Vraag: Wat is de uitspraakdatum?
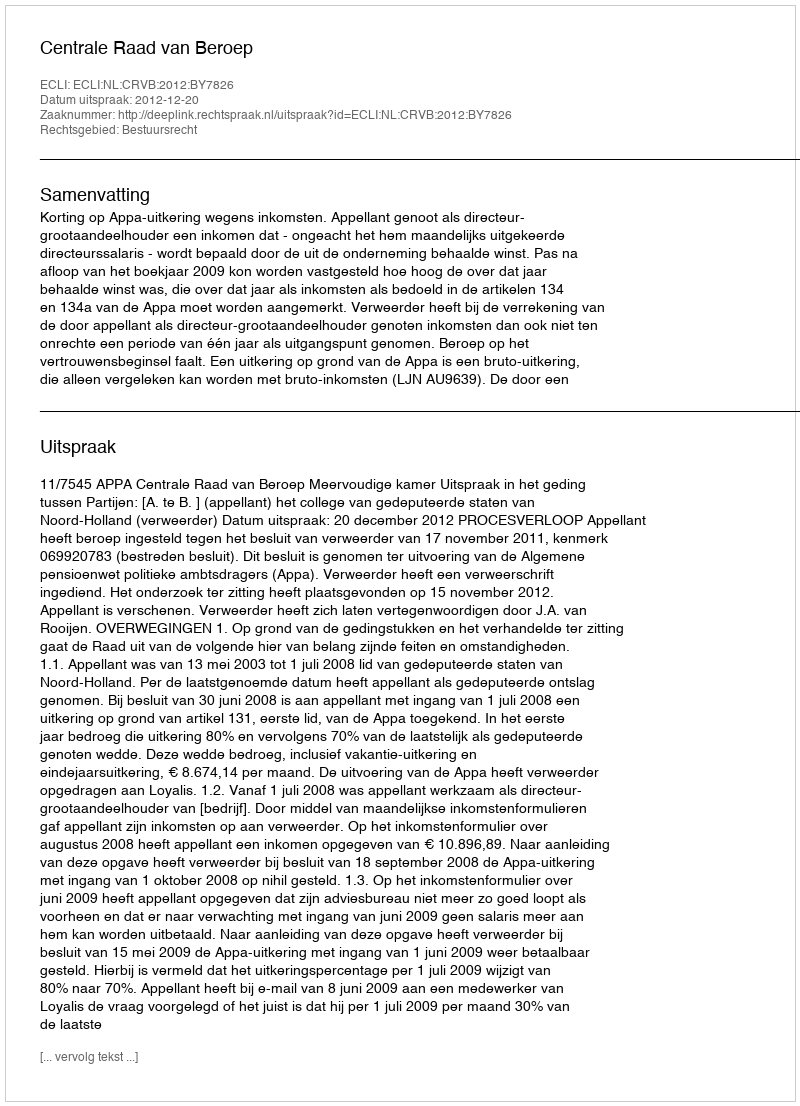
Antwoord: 2012-12-20